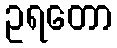
ဥရတော